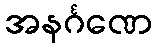
အနင်္ဂဏေ